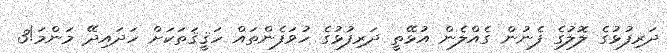
ދަރިފުޅުގެ ލޮލުގެ ފެނުން ގެއްލެން އުޅޭތީ ދަރިފުޅުގެ ހުވަފެންތައް ހަޤީޤަތަކަށް ހަދައިދޭ މަންމަ!3